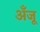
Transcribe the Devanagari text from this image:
अँजू